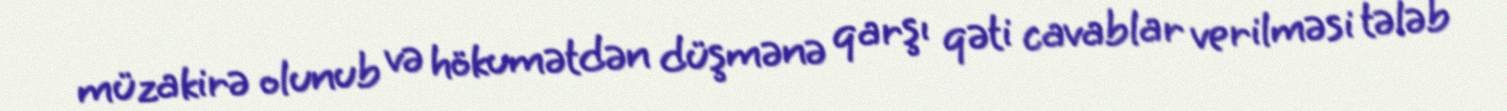
müzakirə olunub və hökumətdən düşmənə qarşı qəti cavablar verilməsi tələb